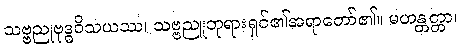
သဗ္ဗညုဗုဒ္ဓဝိသယဿ၊ သဗ္ဗညူဘုရားရှင်၏အရာတော်၏။ မဟန္တတ္တာ၊